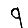
Digit: 9